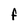
Character: F